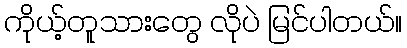
ကိုယ့်တူသားတွေ လိုပဲ မြင်ပါတယ်။